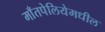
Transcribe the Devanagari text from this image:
माँतपेलियेमधील